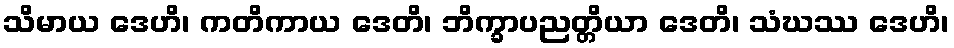
သိမာယ ဒေဟိ၊ ကတိကာယ ဒေတိ၊ ဘိက္ခာပညတ္တိယာ ဒေတိ၊ သံဃဿ ဒေဟိ၊